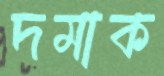
দমাক